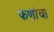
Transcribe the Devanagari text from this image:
फणांचा